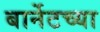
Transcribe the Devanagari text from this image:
बार्नेटच्या